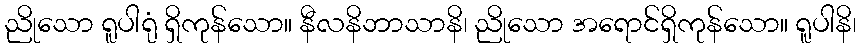
ညိုသော ရူပါရုံ ရှိကုန်သော။ နီလနိဘာသာနိ၊ ညိုသော အရောင်ရှိကုန်သော။ ရူပါနိ၊